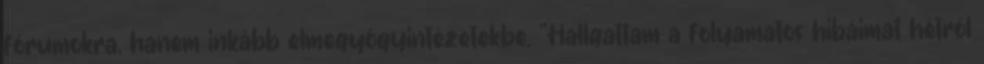
fórumokra, hanem inkább elmegyógyintézetekbe. "Hallgattam a folyamatos hibáimat hétről